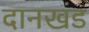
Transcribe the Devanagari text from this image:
दानखंड